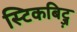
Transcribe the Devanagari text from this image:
स्टिकबिट्ज़